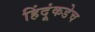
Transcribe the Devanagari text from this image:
हिंदूंकडेच